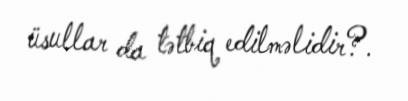
üsullar da tətbiq edilməlidir?.